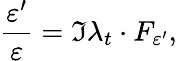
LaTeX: \frac{\varepsilon^{\prime}}{\varepsilon}=\Im\lambda_{t}\cdot F_{\varepsilon^{\prime}},